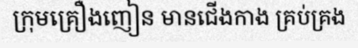
ក្រុមគ្រឿងញៀន មានជើងកាង គ្រប់គ្រង